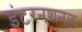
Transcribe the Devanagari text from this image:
इंटरनशनल